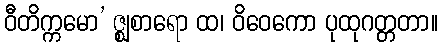
ဝီတိက္ကမော’ ဇ္ဈစာရော ထ၊ ဝိဝေကော ပုထုဂတ္တတာ။